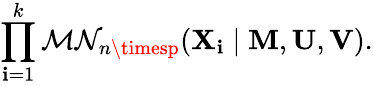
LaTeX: \prod_{\mathbf{i}=1}^{k}{\mathcal{{MN}}}_{n\timesp}(\mathbf{{X}}_{\mathbf{i}}\mid\mathbf{{M}},\mathbf{{U}},\mathbf{{V}}).